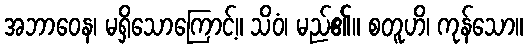
အဘာဝေန၊ မရှိသောကြောင့်။ သိဝံ၊ မည်၏။ စတူဟိ၊ ကုန်သော။